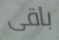
باقى